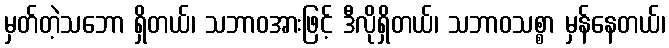
မှတ်တဲ့သဘော ရှိတယ်၊ သဘာဝအားဖြင့် ဒီလိုရှိတယ်၊ သဘာဝသစ္စာ မှန်နေတယ်၊